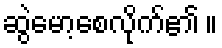
ဆွဲမော့စေလိုက်၏ ။